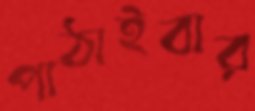
পাঠাইবার